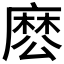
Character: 𮮊